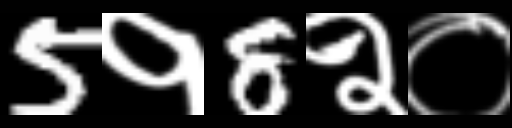
Text: 5१8२०